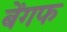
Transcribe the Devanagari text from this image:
बेंगफ